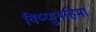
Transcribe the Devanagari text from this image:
विष्णुमहिमा